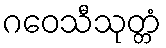
ဂဝေသီသုတ္တံ